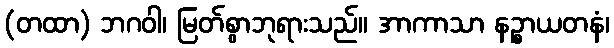
(တထာ) ဘဂဝါ၊ မြတ်စွာဘုရားသည်။ အာကာသာ နဉ္စာယတနံ၊